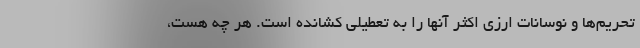
تحريم‌ها و نوسانات ارزي اكثر آنها را به تعطيلي كشانده است. هر چه هست،